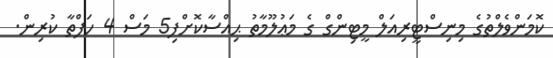
ކޮމަންވެލްތުގެ މިނިސްޓީރިއަލް މީޓިންގް ގެ މަޢުލޫމާތު ޙިއްސާކޮށްފި5 މަސް 4 ހަފްތާ ކުރިން.